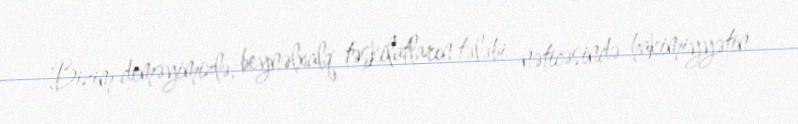
Bizim deməyimizlə, beynəlxalq təşkilatların tələbi nəticəsində hakimiyyətin